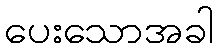
ပေးသောအခါ